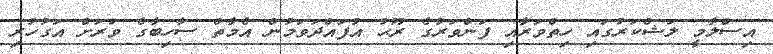
އިސްލާމީ ލަޝްކަރުގައި ހިތްވަރާއި ފަންވަރުގެ ރޫޙު އުފައްދަވަމުން އެމާތް ސާހިބާގެ ވަރަށް އަގުހުރި